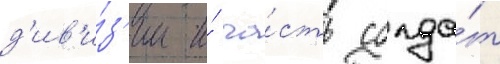
д'ив'и́з'ии и́ ча́сть солда́т